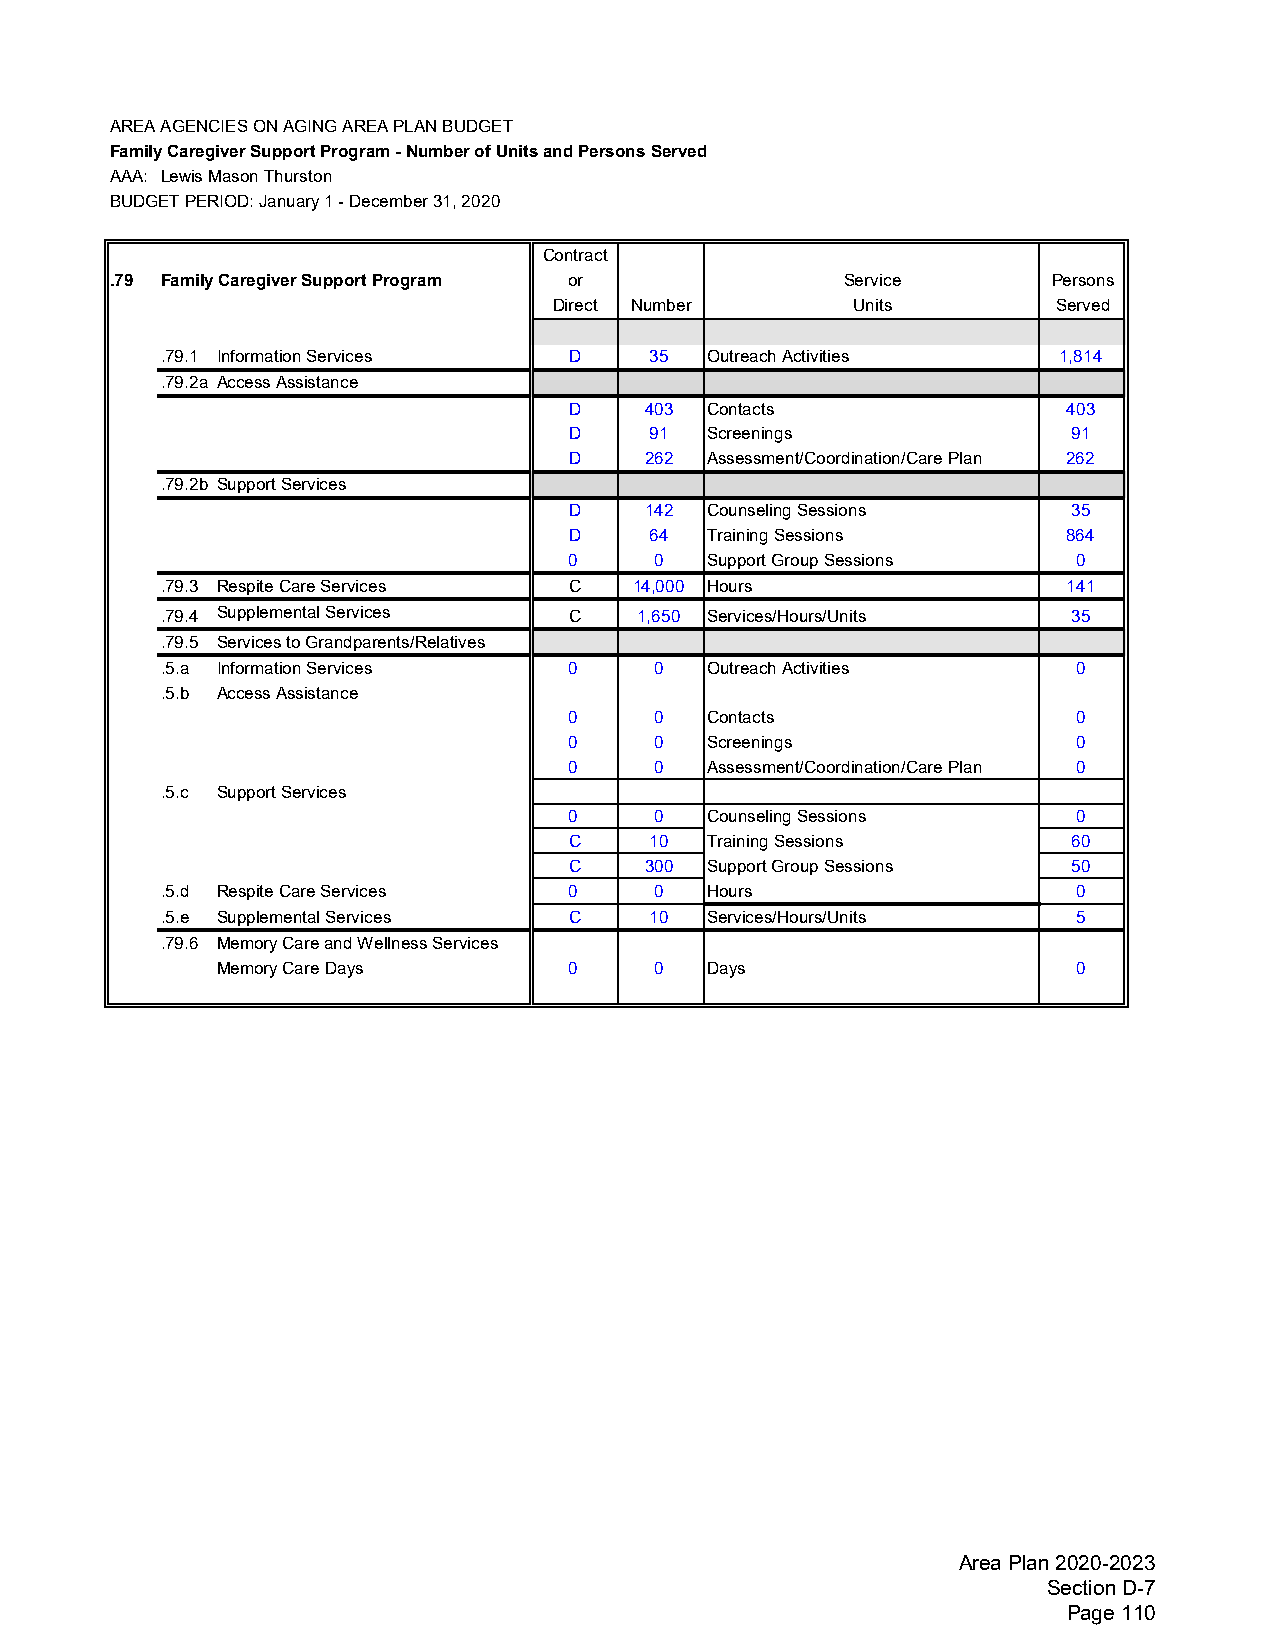
AREA AGENCIES ON AGING AREA PLAN BUDGET
 Family Caregiver Support Program - Number of Units and Persons Served
 AAA: Lewis Mason Thurston
 BUDGET PERIOD: January 1 - December 31, 2020
 Contract
 .79 Family Caregiver Support Program or         Service       Persons
 Direct Number       Units         Served
 .79.1 Information Services D     35 Outreach Activities     1,814
 .79.2a Access Assistance
 D    403 Contacts                403
 D     91 Screenings               91
 D    262 Assessment/Coordination/Care Plan 262
 .79.2b Support Services
 D    142 Counseling Sessions      35
 D     64 Training Sessions       864
 0     0  Support Group Sessions   0
 .79.3 Respite Care Services C   14,000 Hours                141
 .79.4 Supplemental Services C   1,650 Services/Hours/Units   35
 .79.5 Services to Grandparents/Relatives
 .5.a Information Services  0     0  Outreach Activities      0
 .5.b Access Assistance
 0     0  Contacts                 0
 0     0  Screenings               0
 0     0  Assessment/Coordination/Care Plan 0
 .5.c Support Services
 0     0  Counseling Sessions      0
 C     10 Training Sessions        60
 C    300 Support Group Sessions   50
 .5.d Respite Care Services 0     0  Hours                    0
 .5.e Supplemental Services C     10 Services/Hours/Units     5
 .79.6 Memory Care and Wellness Services
 Memory Care Days       0     0  Days                     0
 Area Plan 2020-2023
 Section D-7
 Page 110